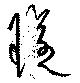
璲